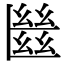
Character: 㡭